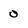
Character: 0